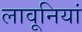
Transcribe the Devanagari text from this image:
लावूनियां